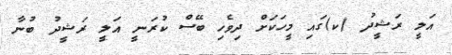
އަލީ ރަޝީދު (ކ)ގައި މީހަކަށް ދިވެހި ބޭސް ކުރަނީ އަލީ ރަޝީދު ބުނާ